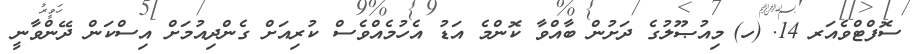
ސޮފްޓްވެއަރ	14.	(ހ)	މިއުޞޫލުގެ ދަށުން ބާއްވާ ކޮންމެ އަޑު އެހުމެއްވެސް ކުރިއަށް ގެންދިއުމަށް އިސްކަން ދޭންވާނީ